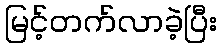
မြင့်တက်လာခဲ့ပြီး